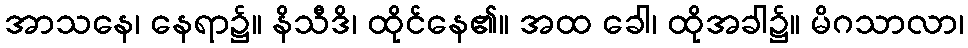
အာသနေ၊ နေရာ၌။ နိသီဒိ၊ ထိုင်နေ၏။ အထ ခေါ၊ ထိုအခါ၌။ မိဂသာလာ၊